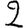
Digit: 2